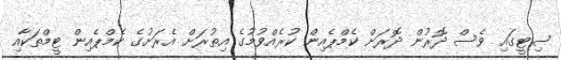
ސިޓީގައި ވެސް ދޮރުން ދޮރަށް ކެމްޕެއިން ކުރެއްވުމުގެ އިތުރަށް އެރަށުގެ ކެމްޕެއިން ޓީމްތަކާއި